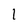
Character: 1